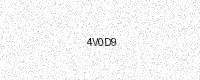
Text: 4V0D9